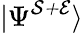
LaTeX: |\Psi^{\mathcal{S+E}}\rangle